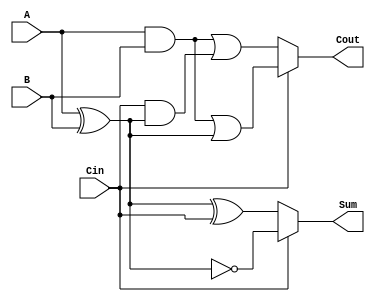
module conditional_sum_full_adder (
    input wire A,      // First binary input
    input wire B,      // Second binary input
    input wire Cin,    // Carry input
    output wire Sum,   // Sum output
    output wire Cout   // Carry output
);

    // Intermediate signals
    wire Sum0;         // Sum assuming no carry
    wire Sum1;         // Sum assuming carry
    wire Cout0;        // Carry out assuming no carry
    wire Cout1;        // Carry out assuming carry

    // Calculate Sum0 and Cout0
    assign Sum0 = A ^ B ^ Cin;
    assign Cout0 = (A & B) | (Cin & (A ^ B));

    // Calculate Sum1 and Cout1
    assign Sum1 = A ^ B ^ 1'b1;  // A XOR B XOR 1
    assign Cout1 = (A & B) | ((A ^ B) & 1'b1);

    // Select logic based on Cin
    assign Sum = Cin ? Sum1 : Sum0; // If Cin is 1, use Sum1, otherwise use Sum0
    assign Cout = Cin ? Cout1 : Cout0; // If Cin is 1, use Cout1, otherwise use Cout0

endmodule